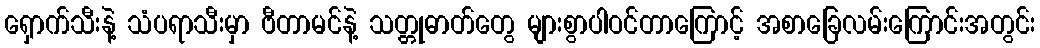
ရှောက်သီးနဲ့ သံပရာသီးမှာ ဗီတာမင်နဲ့ သတ္တုဓာတ်တွေ များစွာပါဝင်တာကြောင့် အစာခြေလမ်းကြောင်းအတွင်း